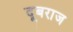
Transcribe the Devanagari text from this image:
दूबराज